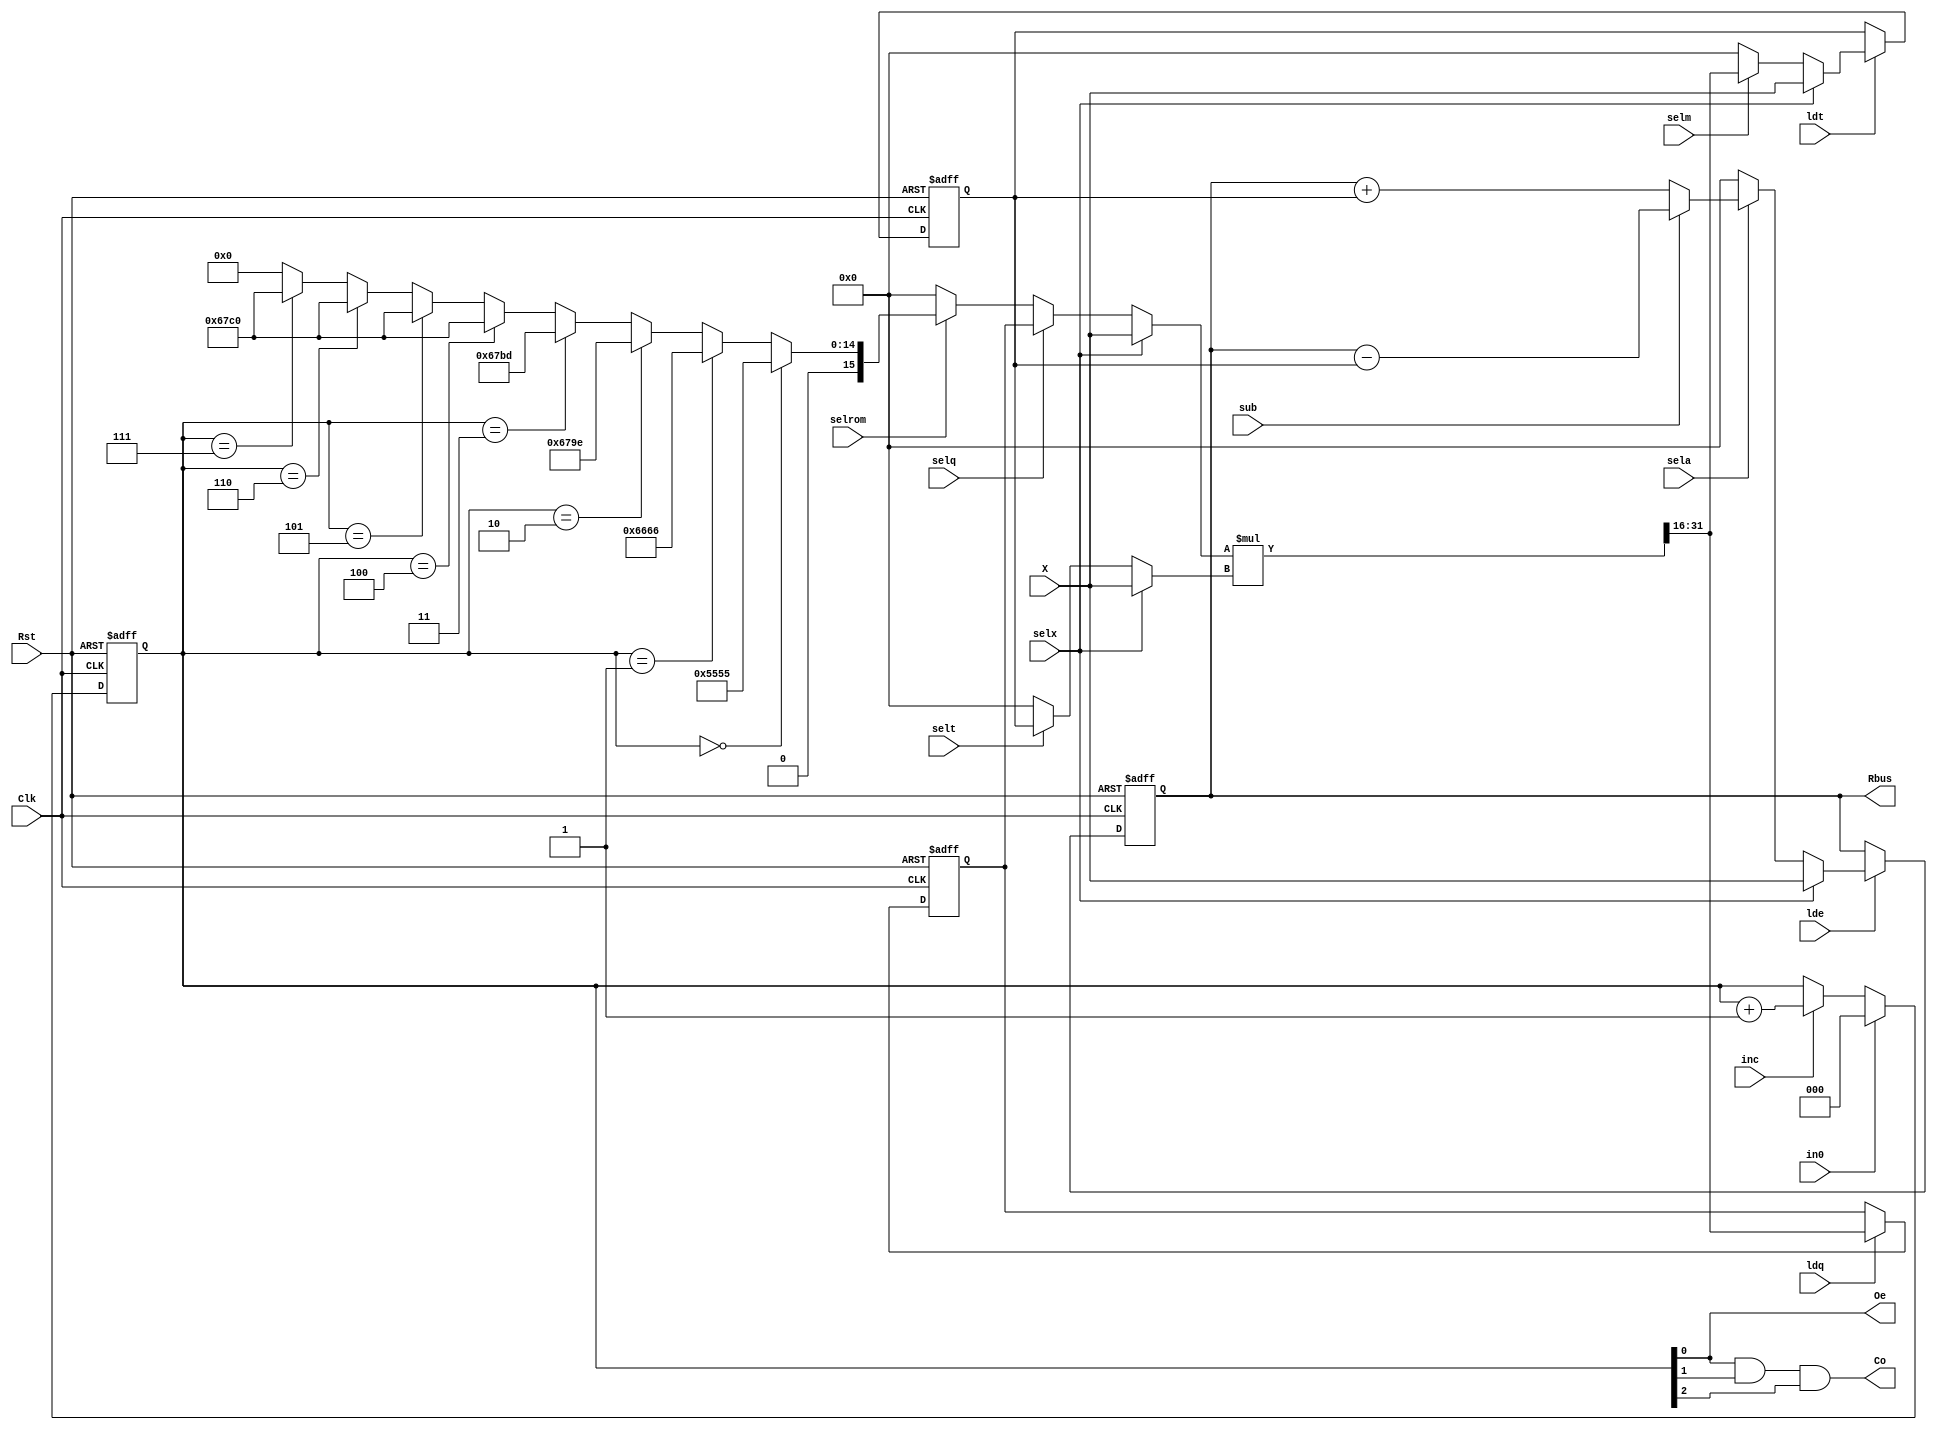
`timescale 1ns/1ns
module dtpth(input Clk,Rst,sub,selx,selm,selq,selrom,selt,sela,ldq,ldt,lde,inc,in0,input [15:0]X,output reg [15:0]Rbus,output reg Co,Oe);
  reg [15:0]X1,X2,Mbus,Addbus,Ebus,Tbus,Expr,Xsq,Term,Qout;
  reg [2:0]Addrom;
  reg [31:0]M;
  //adding or subtracting
  always @(sub,Expr,Term)begin
    Addbus<=sub?(Expr-Term):(Expr+Term);
  end
  //multiply
  always @(X1,X2)begin
    M=X1*X2;
  end
  //multiplier output
  always @(M)begin
    Mbus<=M[31:16];
  end
  //first mux for multiplier
  always @(selx,selq,selrom,Qout)begin
    X1<=selx?X:
    selq?Xsq:
    selrom?Qout:16'b0;
  end
  //second mux for multiplier
  always @(selx,selt,Term)begin
    X2<=selx?X:
    selt?Term:16'b0;
  end
  //output
  always @(Rbus,Expr)begin
    Rbus<=Expr;
  end
  //mux for term register
  always @(selx,selm,Mbus)begin
    Tbus<=selx?X:
    selm?Mbus:16'b0;
  end
  //mux for expr register
  always @(selx,sela,Addbus)begin
    Ebus<=selx?X:
    sela?Addbus:16'b0;
  end
  //xsq register
  always @(posedge Clk,posedge Rst)begin
    if(Rst) Xsq<=16'b0;
    else if(ldq)Xsq<=Mbus;
  end
  //term register
  always @(posedge Clk,posedge Rst)begin
    if(Rst) Term<=16'b0;
    else if(ldt) Term<=Tbus;
  end
  //expr register
  always @(posedge Clk,posedge Rst)begin
    if(Rst) Expr<=16'b0;
    else if(lde) Expr<=Ebus;
  end
  //counter for ROM
  always @(posedge Clk,posedge Rst)begin
    if(Rst) Addrom<=3'b0;
    else if(in0) Addrom<=3'b0;
    else if(inc) Addrom<=Addrom+1;
  end
  //carryout of counter
  always @(Addrom)begin
    Co<=Addrom[0]&Addrom[1]&Addrom[2];
  end
  //Even or Odd flag
  always @(Addrom)begin
    Oe<=Addrom[0];
  end
  //ROM
  always @(Addrom)begin
    Qout<=(Addrom==3'b000)?16'b0101010101010101:
          (Addrom==3'b001)?16'b0110011001100110:
          (Addrom==3'b010)?16'b0110011110011110:
          (Addrom==3'b011)?16'b0110011110111101:
          (Addrom==3'b100)?16'b0110011111000000:
          (Addrom==3'b101)?16'b0110011111000000:
          (Addrom==3'b110)?16'b0110011111000000:
          (Addrom==3'b111)?16'b0110011111000000:16'b0;
  end
  
  
endmodule